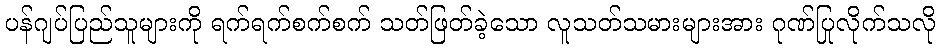
ပန်ဂျပ်ပြည်သူများကို ရက်ရက်စက်စက် သတ်ဖြတ်ခဲ့သော လူသတ်သမားများအား ဂုဏ်ပြုလိုက်သလို